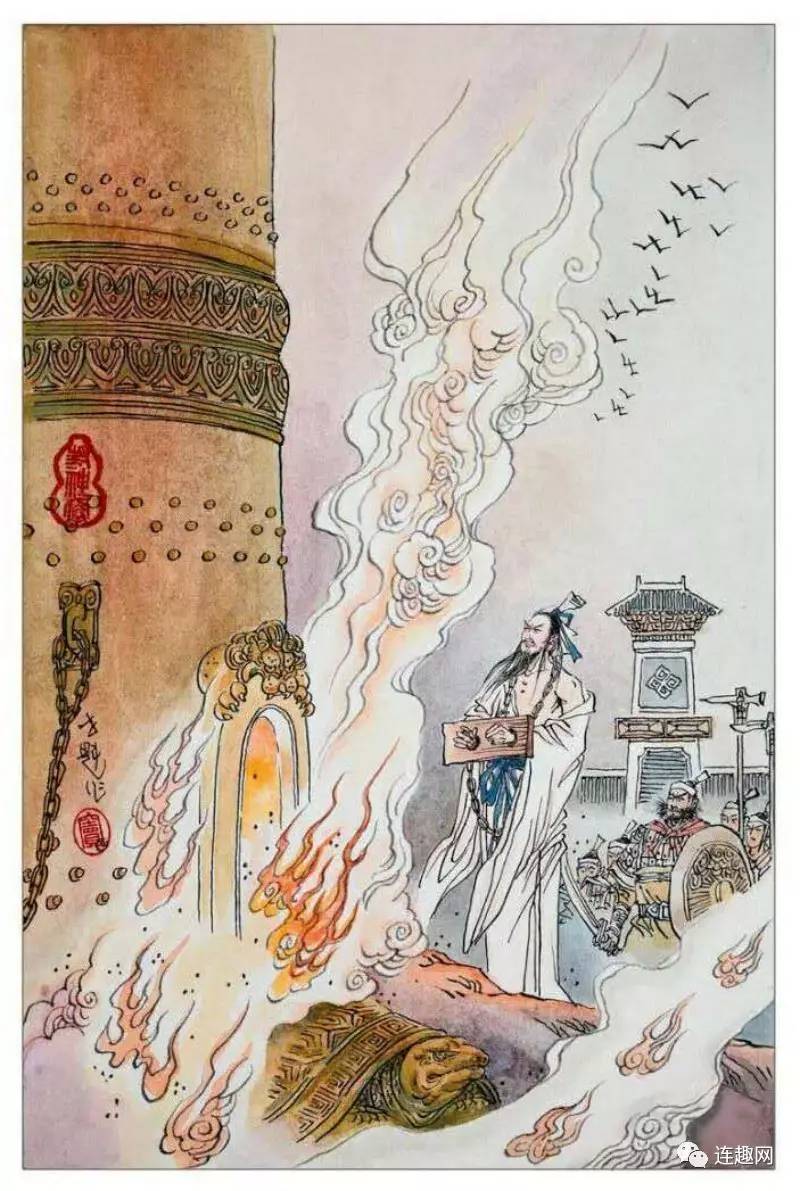
宽柔以教，不报无道，南方之强也。君子居之。